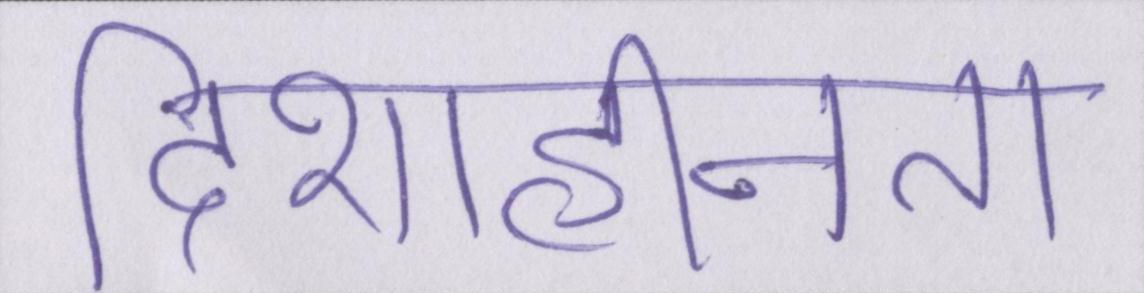
दिशाहीनता